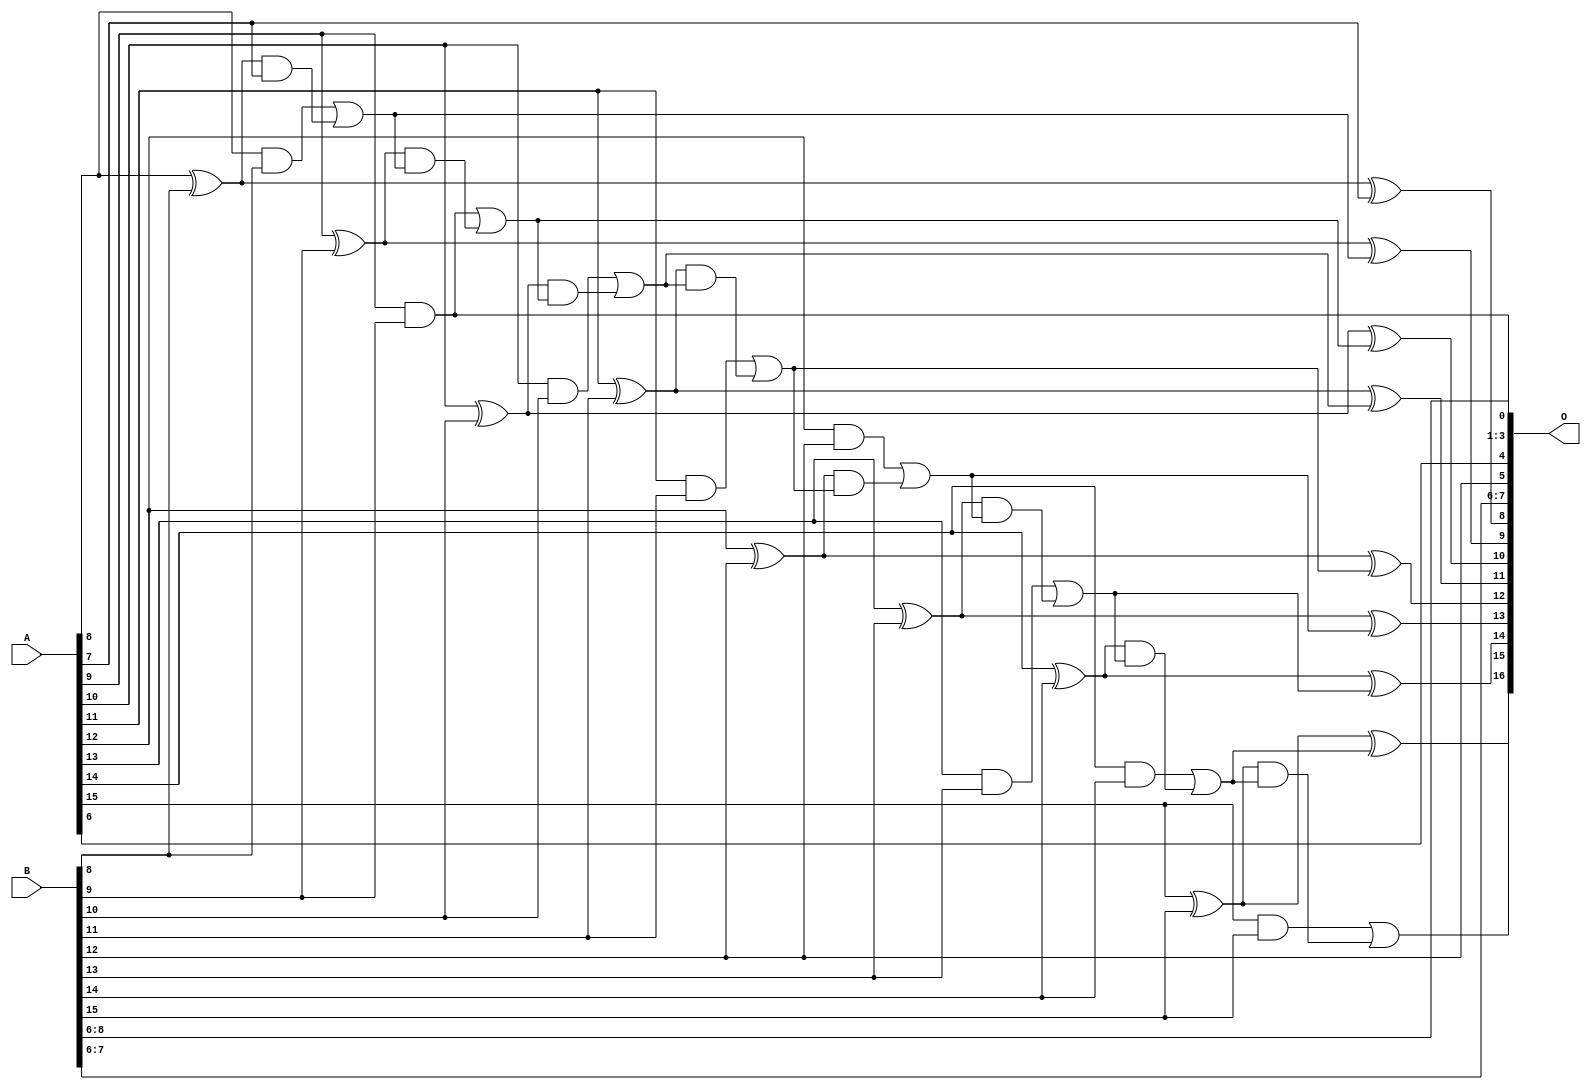
// This program was cloned from: https://github.com/ehw-fit/evoapproxlib
// License: MIT License

/***
* This code is a part of EvoApproxLib library (ehw.fit.vutbr.cz/approxlib) distributed under The MIT License.
* When used, please cite the following article(s):  
* This file contains a circuit from a sub-set of pareto optimal circuits with respect to the pwr and wce parameters
***/
// MAE% = 0.05 %
// MAE = 65 
// WCE% = 0.13 %
// WCE = 175 
// WCRE% = 100.00 %
// EP% = 99.71 %
// MRE% = 0.14 %
// MSE = 5632 
// PDK45_PWR = 0.036 mW
// PDK45_AREA = 73.7 um2
// PDK45_DELAY = 0.68 ns


module add16u_09P(A, B, O);
  input [15:0] A, B;
  output [16:0] O;
  wire sig_69, sig_70, sig_71, sig_73, sig_74, sig_76;
  wire sig_78, sig_79, sig_80, sig_81, sig_83, sig_84;
  wire sig_85, sig_86, sig_88, sig_89, sig_90, sig_91;
  wire sig_93, sig_94, sig_95, sig_96, sig_98, sig_99;
  wire sig_100, sig_101, sig_103, sig_104, sig_105, sig_106;
  assign sig_69 = A[8] ^ B[8];
  assign sig_70 = A[8] & B[8];
  assign sig_71 = sig_69 & A[7];
  assign O[8] = sig_69 ^ A[7];
  assign sig_73 = sig_70 | sig_71;
  assign sig_74 = A[9] ^ B[9];
  assign O[0] = A[9] & B[9];
  assign sig_76 = sig_74 & sig_73;
  assign O[9] = sig_74 ^ sig_73;
  assign sig_78 = O[0] | sig_76;
  assign sig_79 = A[10] ^ B[10];
  assign sig_80 = A[10] & B[10];
  assign sig_81 = sig_79 & sig_78;
  assign O[10] = sig_79 ^ sig_78;
  assign sig_83 = sig_80 | sig_81;
  assign sig_84 = A[11] ^ B[11];
  assign sig_85 = A[11] & B[11];
  assign sig_86 = sig_84 & sig_83;
  assign O[11] = sig_84 ^ sig_83;
  assign sig_88 = sig_85 | sig_86;
  assign sig_89 = A[12] ^ B[12];
  assign sig_90 = A[12] & B[12];
  assign sig_91 = sig_89 & sig_88;
  assign O[12] = sig_89 ^ sig_88;
  assign sig_93 = sig_90 | sig_91;
  assign sig_94 = A[13] ^ B[13];
  assign sig_95 = A[13] & B[13];
  assign sig_96 = sig_94 & sig_93;
  assign O[13] = sig_94 ^ sig_93;
  assign sig_98 = sig_95 | sig_96;
  assign sig_99 = A[14] ^ B[14];
  assign sig_100 = A[14] & B[14];
  assign sig_101 = sig_99 & sig_98;
  assign O[14] = sig_99 ^ sig_98;
  assign sig_103 = sig_100 | sig_101;
  assign sig_104 = A[15] ^ B[15];
  assign sig_105 = A[15] & B[15];
  assign sig_106 = sig_104 & sig_103;
  assign O[15] = sig_104 ^ sig_103;
  assign O[16] = sig_105 | sig_106;
  assign O[1] = B[6];
  assign O[2] = B[7];
  assign O[3] = B[8];
  assign O[4] = A[6];
  assign O[5] = B[12];
  assign O[6] = B[6];
  assign O[7] = B[7];
endmodule